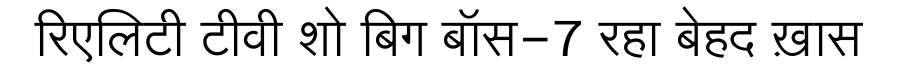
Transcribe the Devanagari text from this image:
रिएलिटी टीवी शो बिग बॉस-7 रहा बेहद ख़ास